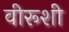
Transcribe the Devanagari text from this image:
वीरूशी